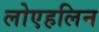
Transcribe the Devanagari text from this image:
लोएहलिन